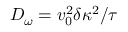
D _ { \omega } = v _ { 0 } ^ { 2 } \delta \kappa ^ { 2 } / \tau